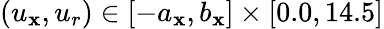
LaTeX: (u_{\mathbf{x}},u_{r})\in[-a_{\mathbf{x}},b_{\mathbf{x}}]\times[0.0,14.5]